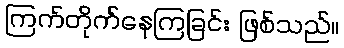
ကြက်တိုက်နေကြခြင်း ဖြစ်သည်။